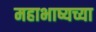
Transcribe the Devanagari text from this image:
महाभाष्यच्या